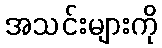
အသင်းများကို